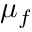
\mu _ { f }